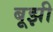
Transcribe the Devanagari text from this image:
बूझी